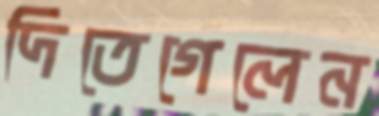
দিতেগেলেন